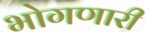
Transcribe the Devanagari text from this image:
भोगणारी